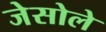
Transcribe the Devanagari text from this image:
जेसोले